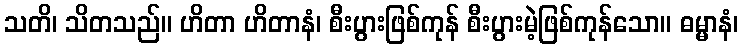
သတိ၊ သိတသည်။ ဟိတာ ဟိတာနံ၊ စီးပွားဖြစ်ကုန် စီးပွားမဲ့ဖြစ်ကုန်သော။ ဓမ္မာနံ၊